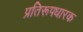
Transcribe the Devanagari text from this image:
प्रतिरूपधारक